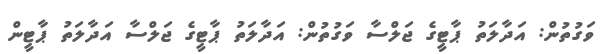
ވަގުތުން: އަދާލަތު ޕާޓީގެ ޖަލްސާ ވަގުތުން: އަދާލަތު ޕާޓީގެ ޖަލްސާ އަދާލަތު ޕާޓީން